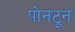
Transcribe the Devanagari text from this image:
पोनटून